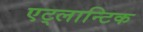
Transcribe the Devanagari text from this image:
एट्लान्टिक